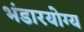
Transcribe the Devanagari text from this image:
भंडारयोग्य